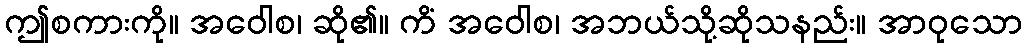
ဤစကားကို။ အဝေါစ၊ ဆို၏။ ကိံ အဝေါစ၊ အဘယ်သို့ဆိုသနည်း။ အာဝုသော